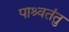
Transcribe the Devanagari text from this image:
पाश्र्वतंतु